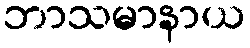
ဘာသမာနာယ